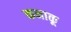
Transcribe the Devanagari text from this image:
कनाकू